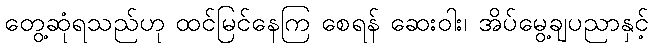
တွေ့ဆုံရသည်ဟု ထင်မြင်နေကြ စေရန် ဆေးဝါး၊ အိပ်မွေ့ချပညာနှင့်